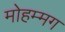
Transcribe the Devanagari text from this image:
मोहम्मग